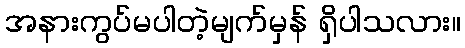
အနားကွပ်မပါတဲ့မျက်မှန် ရှိပါသလား။